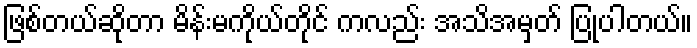
ဖြစ်တယ်ဆိုတာ မိန်းမကိုယ်တိုင် ကလည်း အသိအမှတ် ပြုပါတယ်။